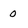
Character: 0